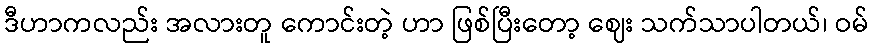
ဒီဟာကလည်း အလားတူ ကောင်းတဲ့ ဟာ ဖြစ်ပြီးတော့ ဈေး သက်သာပါတယ်၊ ဝမ်